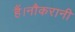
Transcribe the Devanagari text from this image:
हैं।नौकरानी